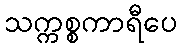
သက္ကစ္စကာရီပေ